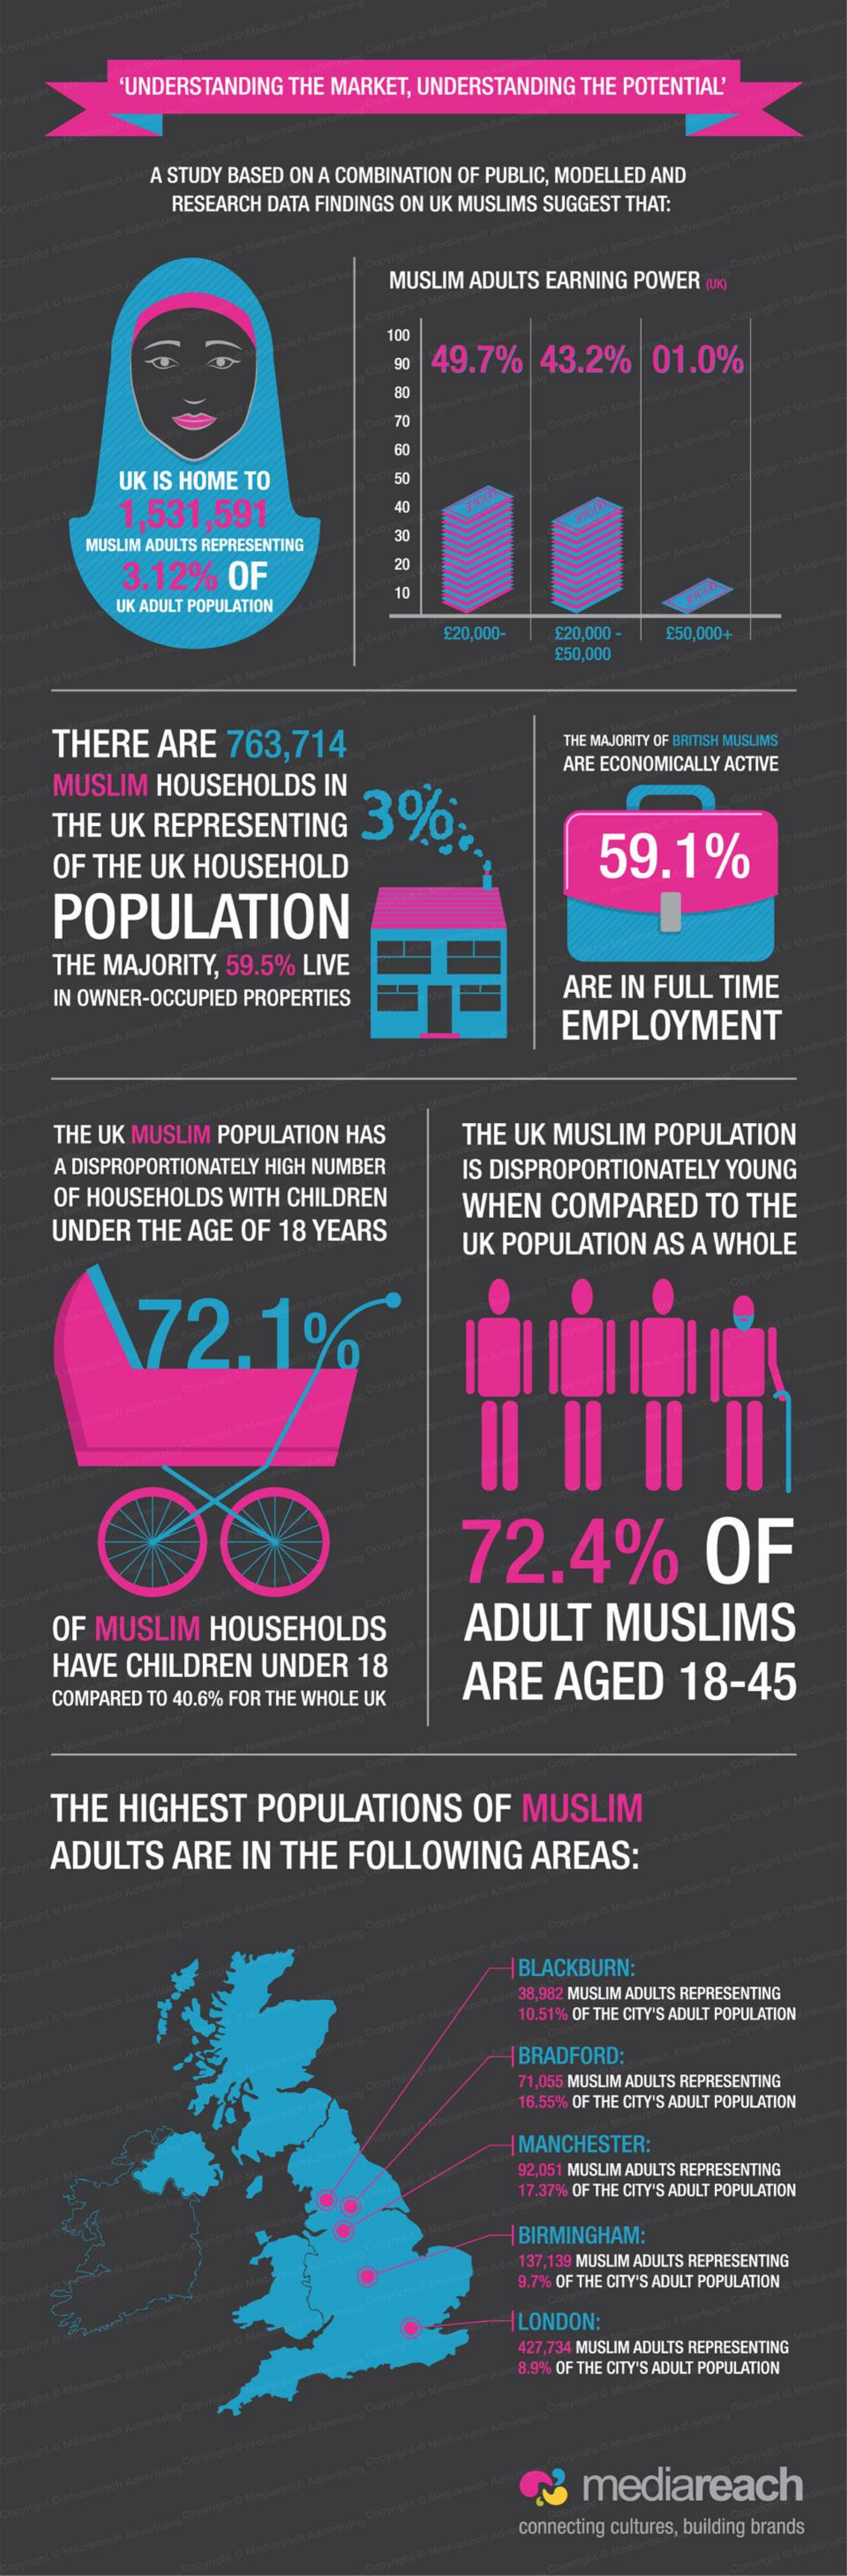
'UNDERSTANDING THE MARKET, UNDERSTANDING THE POTENTIAL'
     A STUDY BASED ON A COMBINATION OF PUBLIC, MODELLED AND
     RESEARCH DATA FINDINGS ON UK MUSLIMS SUGGEST THAT:
     MUSLIM ADULTS EARNING POWER (UK) reach Adver
     each Apvertis 100
     90 49.7%  43.2%   01.0%
     80
     70
     60
     UK IS HOME TO    50
     1,531,591    40
     MUSLIM ADULTS REPRESENTING
     30
     3.12%  OF
     20
     UK ADULT POPULATION
     10
     £20,000- £20,000 - £50,000+
     £50,000
    THERE  ARE   763,714    THE MAJORITY OF BRITISH MUSLIMS
    MUSLIM HOUSEHOLDS   IN
     ARE ECONOMICALLY ACTIVE
    THE UK REPRESENTING   3%.
    OF THE UK HOUSEHOLD    59.1%
    POPULATION
    THE MAJORITY, 59.5% LIVE
    IN OWNER-OCCUPIED PROPERTIES    ARE IN FULL TIME
     EMPLOYMENT
    THE UK MUSLIM POPULATION HAS  THE UK MUSLIM POPULATION
    A DISPROPORTIONATELY HIGH NUMBER IS DISPROPORTIONATELY YOUNG
    OF HOUSEHOLDS WITH CHILDREN
    UNDER THE AGE OF 18 YEARS
     WHEN  COMPARED   TO THE
     UK POPULATION AS A WHOLE
     72.1%
     72.4%    OF
    OF MUSLIM  HOUSEHOLDS    ADULT    MUSLIMS
    HAVE CHILDREN  UNDER  18    ARE   AGED    18-45
    COMPARED TO 40.6% FOR THE WHOLE UK
    THE HIGHEST    POPULATIONS    OF  MUSLIM
    ADULTS  ARE  IN THE  FOLLOWING    AREAS:
     I BLACKBURN:
     38,982 MUSLIM ADULTS REPRESENTING
     10.51% OF THE CITY'S ADULT POPULATION
     BRADFORD:
     71,055 MUSLIM ADULTS REPRESENTING
     16.55% OF THE CITY'S ADULT POPULATION
     I MANCHESTER:
     92,051 MUSLIM ADULTS REPRESENTING
     17.37% OF THE CITY'S ADULT POPULATION
     BIRMINGHAM:
     137,139 MUSLIM ADULTS REPRESENTING
     9.7% OF THE CITY'S ADULT POPULATION
     ILONDON:
     427,734 MUSLIM ADULTS REPRESENTING
     8.9% OF THE CITY'S ADULT POPULATION
     @  mediareach
     connecting cultures, building brands